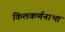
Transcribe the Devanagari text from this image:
किलकर्णनाभा